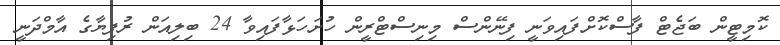
ކޮމިޓީން ބަޖެޓް ފާސްކޮށްފައިވަނީ ފިނޭންސް މިނިސްޓްރީން ހުށަހަޅާފައިވާ 24 ބިލިއަން ރުފިޔާގެ އާމްދަނީ